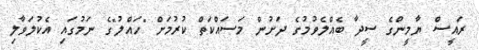
ރައީސް ޔާމީންގެ ސީދާ ބެއްލެވުމުގެ ދަށުން މަސައްކަތް ކުރުމަށް "ހައްލު"ގެ ނަމުގައި އެކުލަވާލި